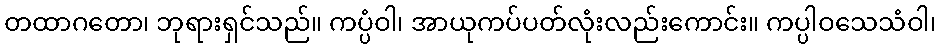
တထာဂတော၊ ဘုရားရှင်သည်။ ကပ္ပံဝါ၊ အာယုကပ်ပတ်လုံးလည်းကောင်း။ ကပ္ပါဝသေသံဝါ၊